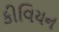
કીવિયન